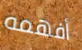
أفهمه